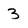
Character: 3